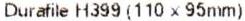
DURAFILE H399 (110 X 95MM)